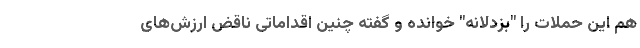
هم این حملات را "بزدلانه" خوانده و گفته چنین اقداماتی ناقض ارزش‌های